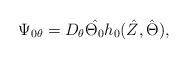
LaTeX: \begin{align*}\Psi_{0\theta}=D_{\theta}\hat{\Theta_{0}}h_{0}(\hat Z,\hat\Theta),\end{align*}